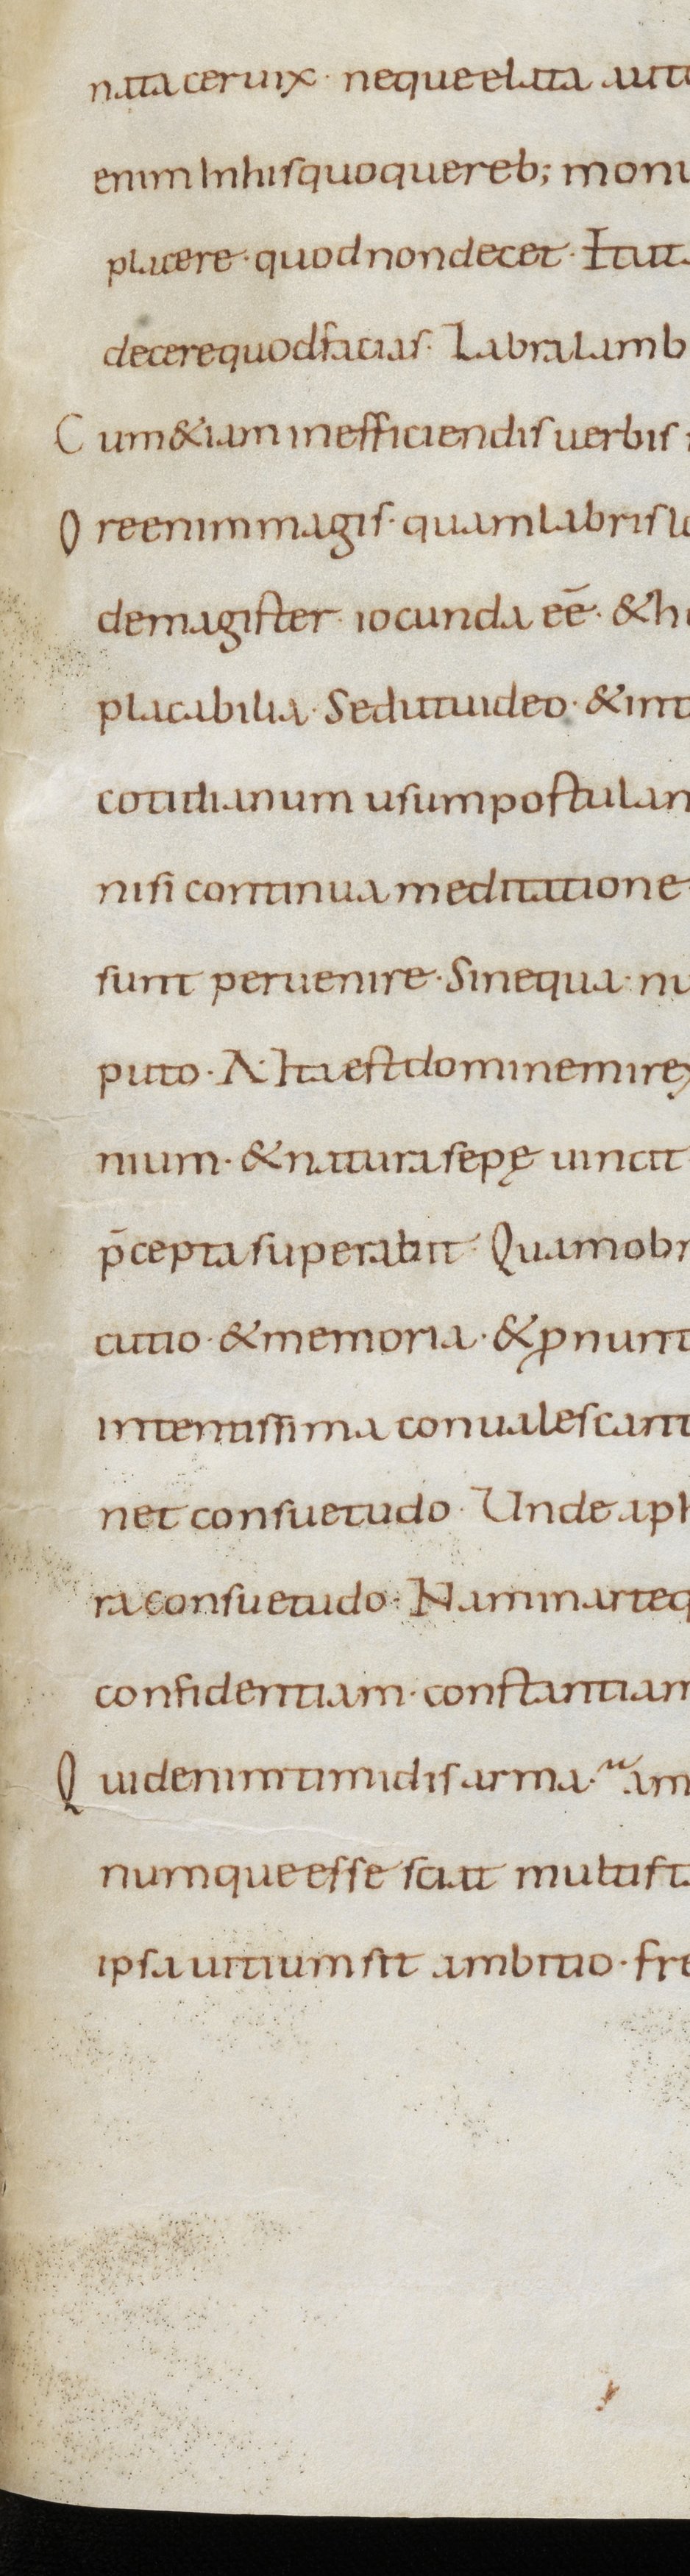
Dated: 800–899